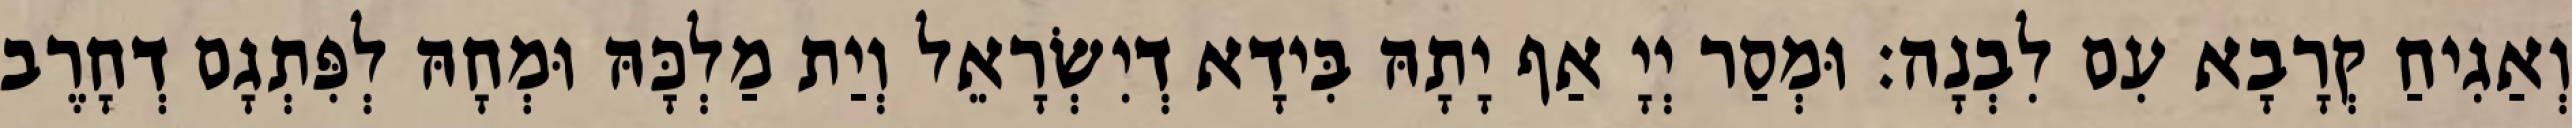
וְאַגִיחַ קְרָבָא עִם לִבְנָה׃ וּמְסַר יְיָ אַף יָתָהּ בִּידָא דְיִשְׂרָאֵל וְיַת מַלְכָּהּ וּמְחָהּ לְפִּתְגָם דְחָרֶב